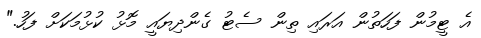
އެ ޓީމުން ފަހަތުން އަރައި ތިން ސެޓު ގެންދިޔައީ މޮޅު ކުޅުމަކަށް ފަހު."